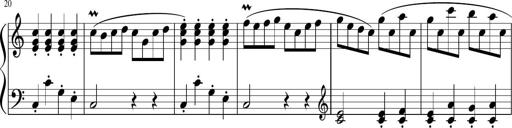
Title: 12 Keyboard Sonatinas
Composer: James Hook